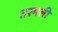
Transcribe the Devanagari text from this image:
तरमली